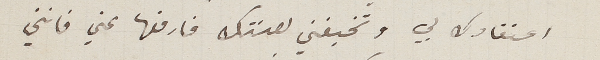
اعتقادك بي وتخيفني لعنتك فارفعها عني فانني